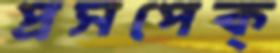
প্রসপেক্